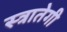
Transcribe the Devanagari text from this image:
स्त्रातेगी